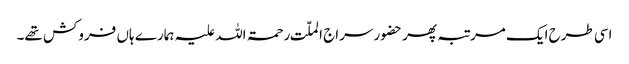
اسی طرح ایک مرتبہ پھر حضور سراج الملّت رحمۃ اللہ علیہ ہمارے ہاں فروکش تھے۔